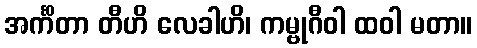
အင်္ကိတာ တီဟိ လေခါဟိ၊ ကမ္ဗုဂီဝါ ထဝါ မတာ။